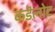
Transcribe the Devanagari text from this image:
कडॆलोट